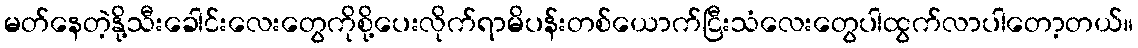
မတ်နေတဲ့နို့သီးခေါင်းလေးတွေကိုစို့ပေးလိုက်ရာမိပန်းတစ်ယောက်ငြီးသံလေးတွေပါထွက်လာပါတော့တယ်။